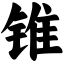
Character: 锥